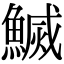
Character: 𬵢